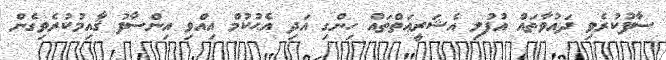
ސާފުކުރެވި ދައުވާތައް އުފުލި އެޝަރީޢަތްތައް ހިންގި އަދި އެޙުކުމް އިއްވި އިންސާފު ޤާއިމުކުރެވިގެން